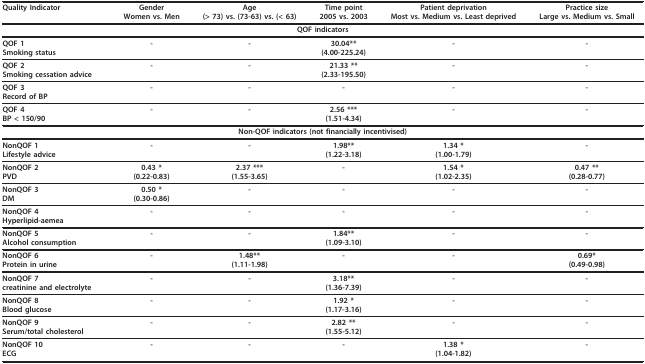
| Quality Indicator | GenderWomen vs. Men | Age(> 73) vs. (73-63) vs. (< 63) | Time point2005 vs. 2003 | Patient deprivationMost vs. Medium vs. Least deprived | Practice sizeLarge vs. Medium vs. Small |
 | --- | --- | --- | --- | --- | --- |
 | <COLSPAN=6> QOF indicators |
 | QOF 1Smoking status | - | - | 30.04**(4.00-225.24) | - | - |
 | QOF 2Smoking cessation advice | - | - | 21.33 **(2.33-195.50) | - | - |
 | QOF 3Record of BP | - | - | - | - | - |
 | QOF 4BP < 150/90 | - | - | 2.56 ***(1.51-4.34) | - | - |
 | <COLSPAN=6> Non-QOF indicators (not financially incentivised) |
 | NonQOF 1Lifestyle advice | - | - | 1.98**(1.22-3.18) | 1.34 *(1.00-1.79) | - |
 | NonQOF 2PVD | 0.43 *(0.22-0.83) | 2.37 ***(1.55-3.65) | - | 1.54 *(1.02-2.35) | 0.47 **(0.28-0.77) |
 | NonQOF 3DM | 0.50 *(0.30-0.86) | - | - | - | - |
 | NonQOF 4Hyperlipid-aemea | - | - | - | - | - |
 | NonQOF 5Alcohol consumption | - | - | 1.84**(1.09-3.10) | - | - |
 | NonQOF 6Protein in urine | - | 1.48**(1.11-1.98) | - | - | 0.69*(0.49-0.98) |
 | NonQOF 7creatinine and electrolyte | - | - | 3.18**(1.36-7.39) | - | - |
 | NonQOF 8Blood glucose | - | - | 1.92 *(1.17-3.16) | - | - |
 | NonQOF 9Serum/total cholesterol | - | - | 2.82 **(1.55-5.12) | - | - |
 | NonQOF 10ECG | - | - | - | 1.38 *(1.04-1.82) | - |